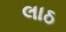
લાઠ